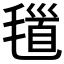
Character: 𣯐